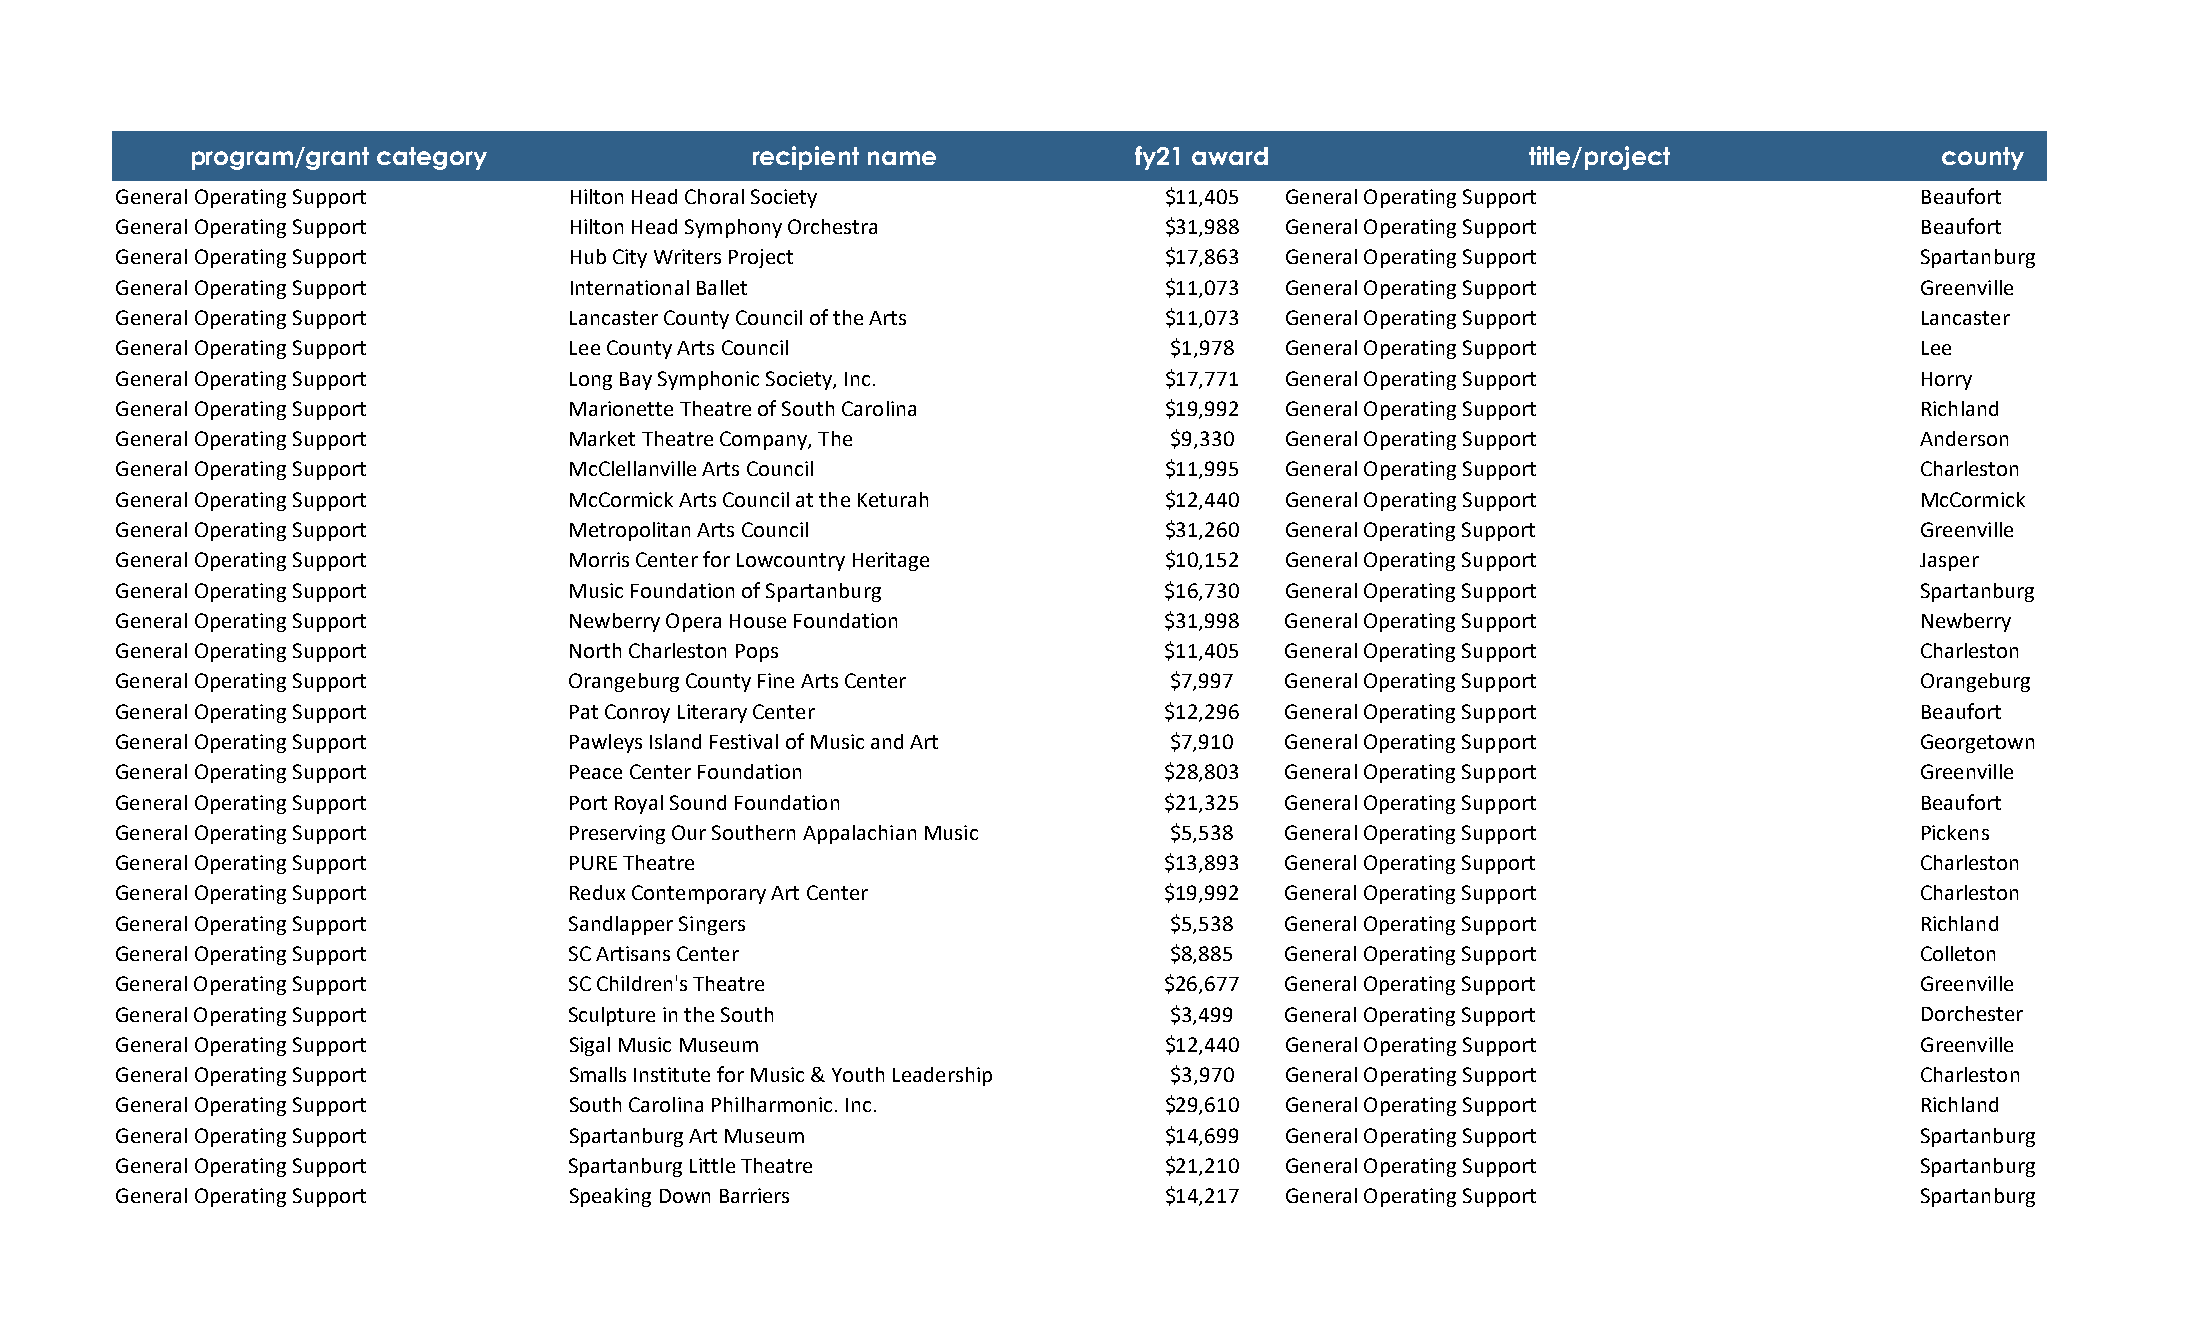
program/grant category               recipient name            fy21 award                title/project              county
 General Operating Support     Hilton Head Choral Society              $11,405 General Operating Support                 Beaufort
 General Operating Support     Hilton Head Symphony Orchestra          $31,988 General Operating Support                 Beaufort
 General Operating Support     Hub City Writers Project                $17,863 General Operating Support                 Spartanburg
 General Operating Support     International Ballet                    $11,073 General Operating Support                 Greenville
 General Operating Support     Lancaster County Council of the Arts    $11,073 General Operating Support                 Lancaster
 General Operating Support     Lee County Arts Council                 $1,978  General Operating Support                 Lee
 General Operating Support     Long Bay Symphonic Society, Inc.        $17,771 General Operating Support                 Horry
 General Operating Support     Marionette Theatre of South Carolina    $19,992 General Operating Support                 Richland
 General Operating Support     Market Theatre Company, The             $9,330  General Operating Support                 Anderson
 General Operating Support     McClellanville Arts Council             $11,995 General Operating Support                 Charleston
 General Operating Support     McCormick Arts Council at the Keturah   $12,440 General Operating Support                 McCormick
 General Operating Support     Metropolitan Arts Council               $31,260 General Operating Support                 Greenville
 General Operating Support     Morris Center for Lowcountry Heritage   $10,152 General Operating Support                 Jasper
 General Operating Support     Music Foundation of Spartanburg         $16,730 General Operating Support                 Spartanburg
 General Operating Support     Newberry Opera House Foundation         $31,998 General Operating Support                 Newberry
 General Operating Support     North Charleston Pops                   $11,405 General Operating Support                 Charleston
 General Operating Support     Orangeburg County Fine Arts Center      $7,997  General Operating Support                 Orangeburg
 General Operating Support     Pat Conroy Literary Center              $12,296 General Operating Support                 Beaufort
 General Operating Support     Pawleys Island Festival of Music and Art $7,910 General Operating Support                 Georgetown
 General Operating Support     Peace Center Foundation                 $28,803 General Operating Support                 Greenville
 General Operating Support     Port Royal Sound Foundation             $21,325 General Operating Support                 Beaufort
 General Operating Support     Preserving Our Southern Appalachian Music $5,538 General Operating Support                Pickens
 General Operating Support     PURE Theatre                            $13,893 General Operating Support                 Charleston
 General Operating Support     Redux Contemporary Art Center           $19,992 General Operating Support                 Charleston
 General Operating Support     Sandlapper Singers                      $5,538  General Operating Support                 Richland
 General Operating Support     SC Artisans Center                      $8,885  General Operating Support                 Colleton
 General Operating Support     SC Children's Theatre                   $26,677 General Operating Support                 Greenville
 General Operating Support     Sculpture in the South                  $3,499  General Operating Support                 Dorchester
 General Operating Support     Sigal Music Museum                      $12,440 General Operating Support                 Greenville
 General Operating Support     Smalls Institute for Music & Youth Leadership $3,970 General Operating Support            Charleston
 General Operating Support     South Carolina Philharmonic. Inc.       $29,610 General Operating Support                 Richland
 General Operating Support     Spartanburg Art Museum                  $14,699 General Operating Support                 Spartanburg
 General Operating Support     Spartanburg Little Theatre              $21,210 General Operating Support                 Spartanburg
 General Operating Support     Speaking Down Barriers                  $14,217 General Operating Support                 Spartanburg